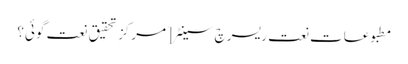
مطبوعات نعت ریسرچ سینٹر [ مرکزِ تحقیق ِ نعت گوئی؟